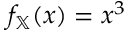
f _ { \mathbb { X } } ( x ) = x ^ { 3 }